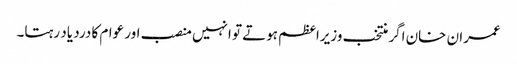
عمران خان اگر منتخب وزیراعظم ہوتے تو انہیں منصب اور عوام کا درد یاد رہتا۔